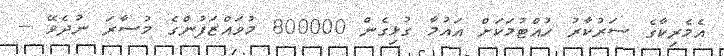
އެމެރިކާގެ ސަރުކާރު ހުއްޓުމަކަށް އައުމާ ގުޅިގެން 800000 މުވައްޒަފުންގެ މުސާރަ ނުދެވޭ --